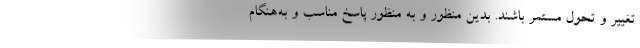
تغییر و تحول مستمر باشند. بدین منظور و به منظور پاسخ مناسب و به‌هنگام